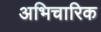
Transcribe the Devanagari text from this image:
अभिचारिक